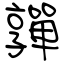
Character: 嚲